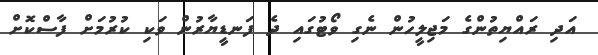
އަދި ރައްޔިތުންގެ މަޖިލީހުން ނެގި ވޯޓުގައި ދެ ފަނޑީޔާރުން ވަކި ކުރުމަށް ފާސްކޮށް